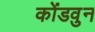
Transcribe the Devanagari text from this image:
कोंडवुन